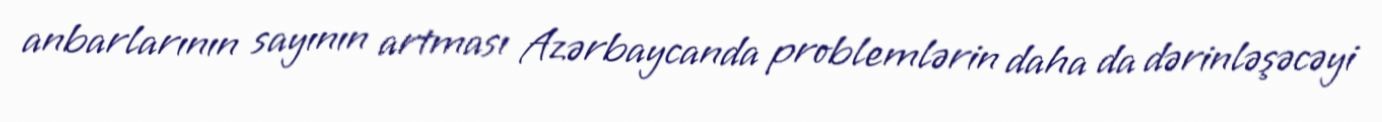
anbarlarının sayının artması Azərbaycanda problemlərin daha da dərinləşəcəyi